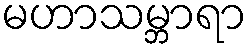
မဟာသမ္ဘာရာ